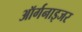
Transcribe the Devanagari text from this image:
ऑर्गनाइजर